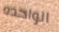
الواحده